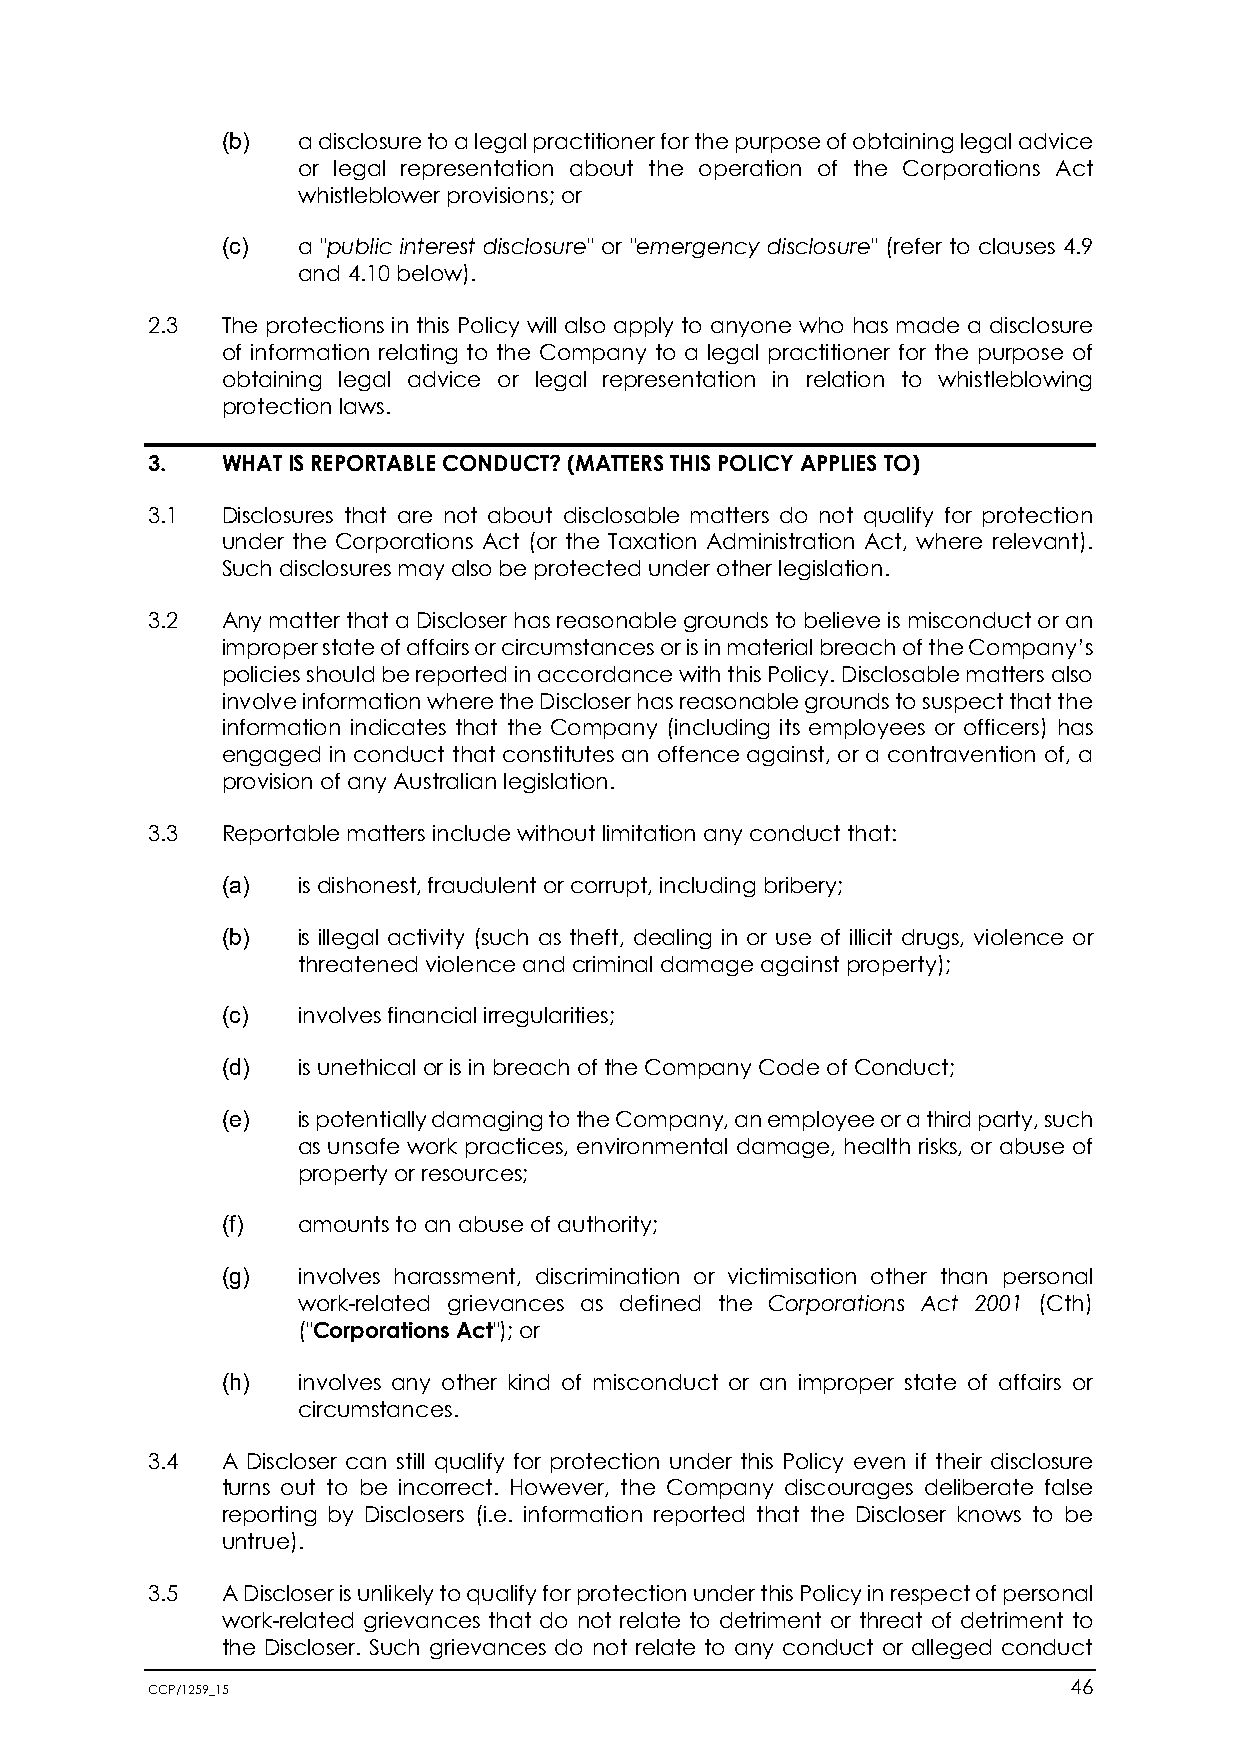
(b)  a disclosure to a legal practitioner for the purpose of obtaining legal advice
 or legal representation about the operation of the Corporations Act
 whistleblower provisions; or
 (c)  a "public interest disclosure" or "emergency disclosure" (refer to clauses 4.9
 and 4.10 below).
 2.3  The protections in this Policy will also apply to anyone who has made a disclosure
 of information relating to the Company to a legal practitioner for the purpose of
 obtaining legal advice or legal representation in relation to whistleblowing
 protection laws.
 3.   WHAT IS REPORTABLE CONDUCT? (MATTERS THIS POLICY APPLIES TO)
 3.1  Disclosures that are not about disclosable matters do not qualify for protection
 under the Corporations Act (or the Taxation Administration Act, where relevant).
 Such disclosures may also be protected under other legislation.
 3.2  Any matter that a Discloser has reasonable grounds to believe is misconduct or an
 improper state of affairs or circumstances or is in material breach of the Company’s
 policies should be reported in accordance with this Policy. Disclosable matters also
 involve information where the Discloser has reasonable grounds to suspect that the
 information indicates that the Company (including its employees or officers) has
 engaged in conduct that constitutes an offence against, or a contravention of, a
 provision of any Australian legislation.
 3.3  Reportable matters include without limitation any conduct that:
 (a)  is dishonest, fraudulent or corrupt, including bribery;
 (b)  is illegal activity (such as theft, dealing in or use of illicit drugs, violence or
 threatened violence and criminal damage against property);
 (c)  involves financial irregularities;
 (d)  is unethical or is in breach of the Company Code of Conduct;
 (e)  is potentially damaging to the Company, an employee or a third party, such
 as unsafe work practices, environmental damage, health risks, or abuse of
 property or resources;
 (f)  amounts to an abuse of authority;
 (g)  involves harassment, discrimination or victimisation other than personal
 work-related grievances as defined the Corporations Act 2001 (Cth)
 ("Corporations Act"); or
 (h)  involves any other kind of misconduct or an improper state of affairs or
 circumstances.
 3.4  A Discloser can still qualify for protection under this Policy even if their disclosure
 turns out to be incorrect. However, the Company discourages deliberate false
 reporting by Disclosers (i.e. information reported that the Discloser knows to be
 untrue).
 3.5  A Discloser is unlikely to qualify for protection under this Policy in respect of personal
 work-related grievances that do not relate to detriment or threat of detriment to
 the Discloser. Such grievances do not relate to any conduct or alleged conduct
 CCP/1259_15                                                  46